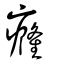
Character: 癃